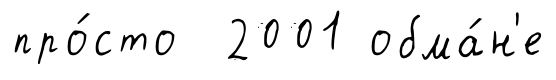
про́сто 2001 обма́н'е